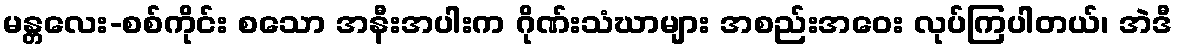
မန္တလေး-စစ်ကိုင်း စသော အနီးအပါးက ဂိုဏ်းသံဃာများ အစည်းအဝေး လုပ်ကြပါတယ်၊ အဲဒီ